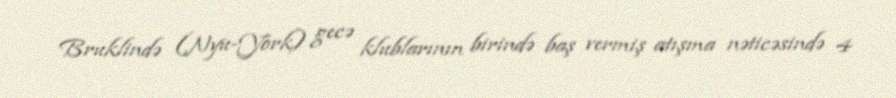
Bruklində (Nyu-York) gecə klublarının birində baş vermiş atışma nəticəsində 4